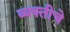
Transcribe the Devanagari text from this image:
व्यक्‍तीचे